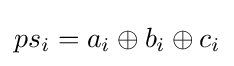
ps_{i}=a_{i}\oplus b_{i}\oplus c_{i}